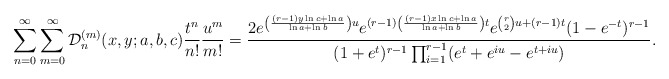
\begin{align*}\sum_{n=0}^{\infty}\sum_{m=0}^{\infty}\mathcal{D}^{(m)}_n(x,y;a,b,c)\frac{t^n}{n!}\frac{u^m}{m!}=\frac{2e^{\left(\frac{(r-1)y\ln c+\ln a}{\ln a +\ln b}\right)u}e^{(r-1)\left(\frac{(r-1)x\ln c+\ln a}{\ln a +\ln b}\right)t}e^{\binom{r}{2}u+(r-1)t}(1-e^{-t})^{r-1}}{(1+e^{t})^{r-1}\prod_{i=1}^{r-1}(e^t+e^{iu}-e^{t+iu})}.\end{align*}